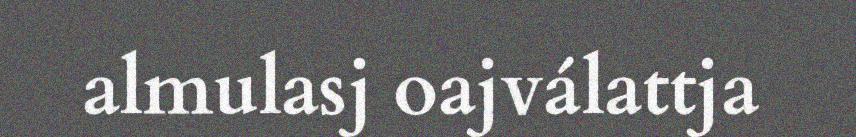
almulasj oajválattja